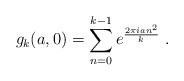
\begin{align*} g_k(a,0)=\sum_{n=0}^{k-1} e^{\frac{2\pi i a n^2}{k}}~.\end{align*}